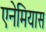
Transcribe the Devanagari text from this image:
एनेमियास